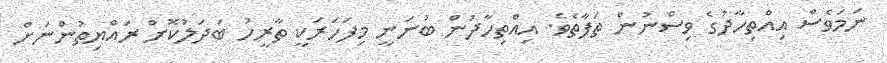
ނަމަވެސް އިއްތިހާދުގެ ވިސްނުން ތަފާތެވެ. އިއްތިހާދުން ބުނަނީ މިފަހަރަކީ ތާރީހު ބަދަލުކޮށް ރައްޔިތުންނަށް